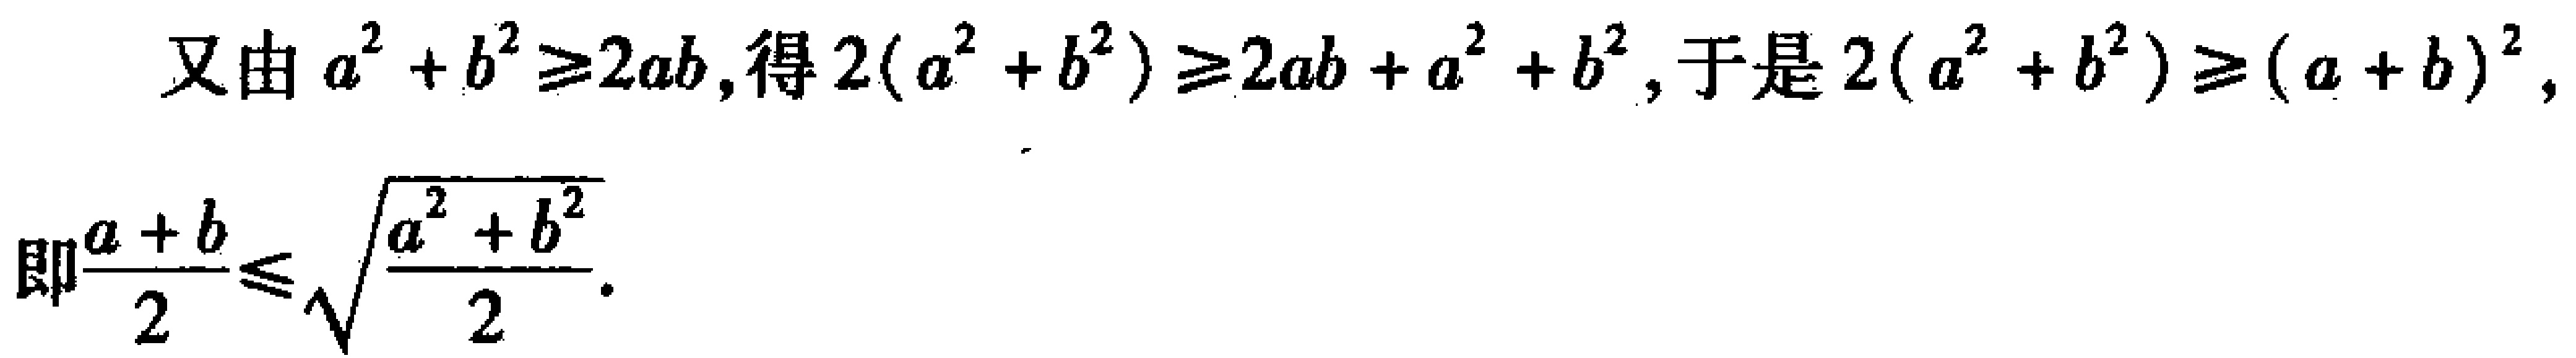
又由 \(a^{2}+b^{2}\geq 2ab\)，得 \(2(a^{2}+b^{2})\geq 2ab + a^{2}+b^{2}\)，于是 \(2(a^{2}+b^{2})\geq (a + b)^{2}\)，

即\(\frac{a + b}{2}\leq\sqrt{\frac{a^{2}+b^{2}}{2}}\)。